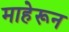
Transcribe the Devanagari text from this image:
माहेरून